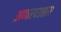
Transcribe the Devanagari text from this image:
अण्वस्त्रप्रसार